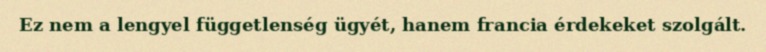
Ez nem a lengyel függetlenség ügyét, hanem francia érdekeket szolgált.